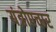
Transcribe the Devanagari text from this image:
यंत्रोपचार